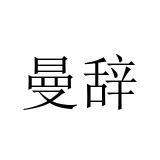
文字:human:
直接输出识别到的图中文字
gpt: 曼辞